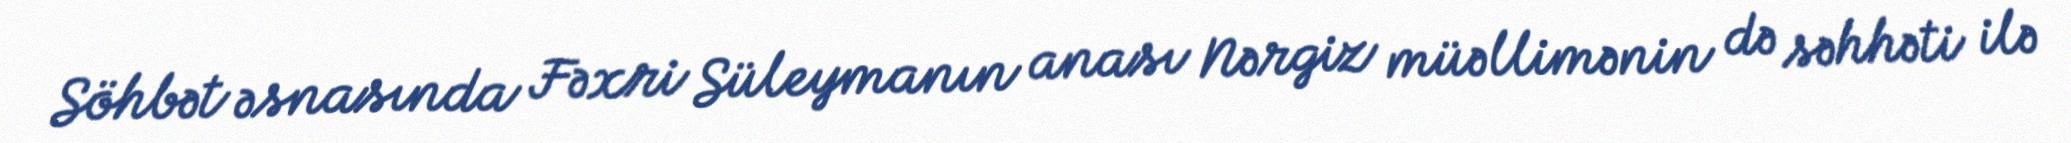
Söhbət əsnasında Fəxri Süleymanın anası Nərgiz müəllimənin də səhhəti ilə